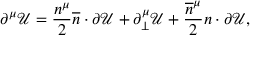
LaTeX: \partial ^ { \mu } \mathcal { U } = \frac { n ^ { \mu } } { 2 } \overline { { { n } } } \cdot \partial \mathcal { U } + \partial _ { \perp } ^ { \mu } \mathcal { U } + \frac { \overline { { { n } } } ^ { \mu } } { 2 } n \cdot \partial \mathcal { U } ,